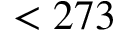
< 2 7 3